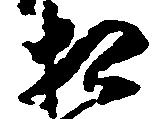
相